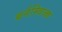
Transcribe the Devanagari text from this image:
बर्नस्विज्क